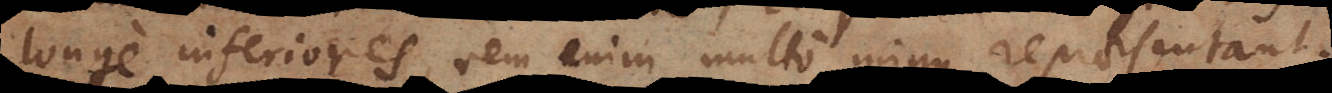
longe inferiores, rem enim multo minus repraesentant.